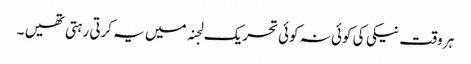
ہر وقت نیکی کی کوئی نہ کوئی تحریک لجنہ میں یہ کرتی رہتی تھیں ۔